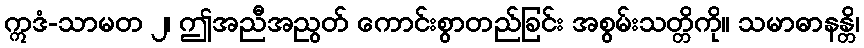
ဣဒံ-သာမတ ၂၊ ဤအညီအညွတ် ကောင်းစွာတည်ခြင်း အစွမ်းသတ္တိကို။ သမာဓာနန္တိ၊